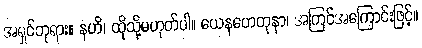
အရှင်ဘုရား။ နဟိ၊ ထိုသို့မဟုတ်ပါ။ ယေနဟေတုနာ၊ အကြင်အကြောင်းဖြင့်။